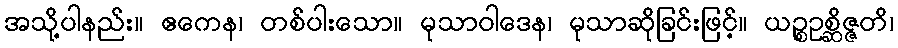
အသို့ပါနည်း။ ဧကေန၊ တစ်ပါးသော။ မုသာဝါဒေန၊ မုသာဆိုခြင်းဖြင့်။ ယဉ္စဥစ္ဆိဇ္ဇတိ၊